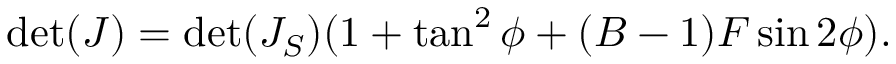
\operatorname* { d e t } ( J ) = \operatorname* { d e t } ( J _ { S } ) ( 1 + \tan ^ { 2 } { \phi } + ( B - 1 ) F \sin { 2 \phi } ) .